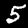
Label: 5